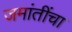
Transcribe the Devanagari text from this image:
जमांतींचा